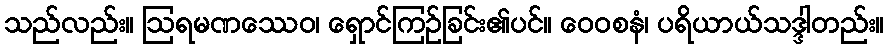
သည်လည်း။ ဩရမဏဿေဝ၊ ရှောင်ကြဉ်ခြင်း၏ပင်။ ဝေဝစနံ၊ ပရိယာယ်သဒ္ဒါတည်း။